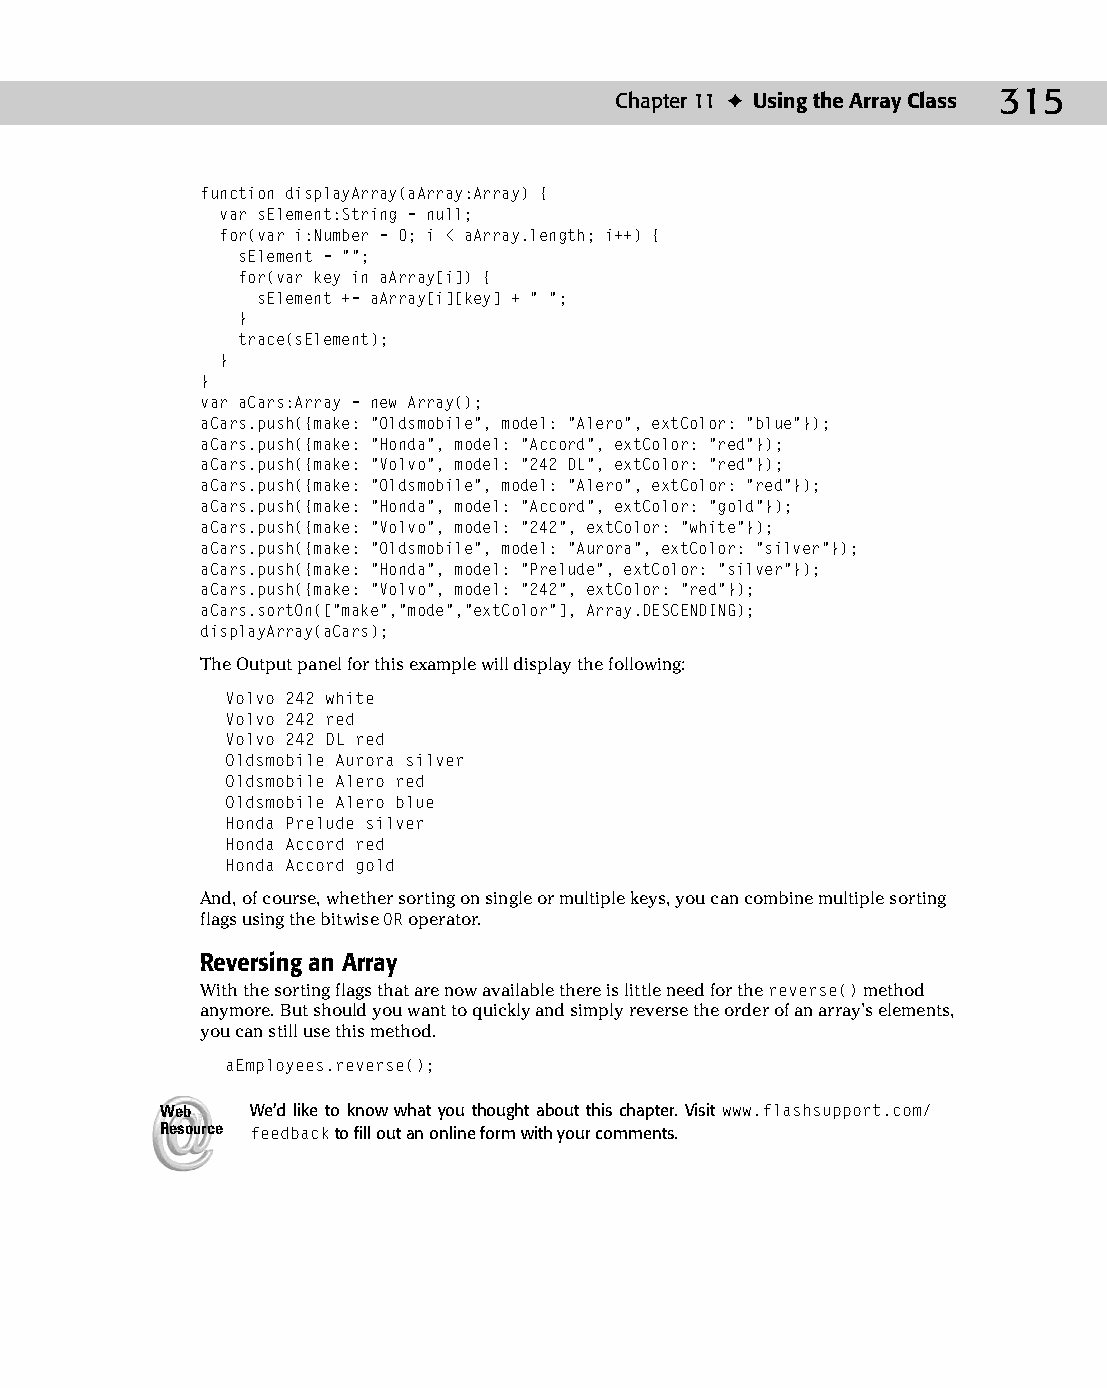
16 543547 ch11.qxd 3/24/04 3:48 PM Page 315
 Chapter 11 ✦ Using the Array Class 315
 function displayArray(aArray:Array) {
 var sElement:String = null;
 for(var i:Number = 0; i < aArray.length; i++) {
 sElement = “”;
 for(var key in aArray[i]) {
 sElement += aArray[i][key] + “ “;
 }
 trace(sElement);
 }
 }
 var aCars:Array = new Array();
 aCars.push({make: “Oldsmobile”, model: “Alero”, extColor: “blue”});
 aCars.push({make: “Honda”, model: “Accord”, extColor: “red”});
 aCars.push({make: “Volvo”, model: “242 DL”, extColor: “red”});
 aCars.push({make: “Oldsmobile”, model: “Alero”, extColor: “red”});
 aCars.push({make: “Honda”, model: “Accord”, extColor: “gold”});
 aCars.push({make: “Volvo”, model: “242”, extColor: “white”});
 aCars.push({make: “Oldsmobile”, model: “Aurora”, extColor: “silver”});
 aCars.push({make: “Honda”, model: “Prelude”, extColor: “silver”});
 aCars.push({make: “Volvo”, model: “242”, extColor: “red”});
 aCars.sortOn([“make”,”mode”,”extColor”], Array.DESCENDING);
 displayArray(aCars);
 The Output panel for this example will display the following:
 Volvo 242 white
 Volvo 242 red
 Volvo 242 DL red
 Oldsmobile Aurora silver
 Oldsmobile Alero red
 Oldsmobile Alero blue
 Honda Prelude silver
 Honda Accord red
 Honda Accord gold
 And, of course, whether sorting on single or multiple keys, you can combine multiple sorting
 flags using the bitwise OR operator.
 Reversing an Array
 With the sorting flags that are now available there is little need for the reverse() method
 anymore. But should you want to quickly and simply reverse the order of an array’s elements,
 you can still use this method.
 aEmployees.reverse();
 Web   We’d like to know what you thought about this chapter. Visit www.flashsupport.com/
 Resource feedback to fill out an online form with your comments.